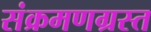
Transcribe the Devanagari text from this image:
संक्रमणग्रस्त